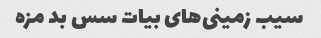
سیب زمینی‌های بیات سس بد مزه